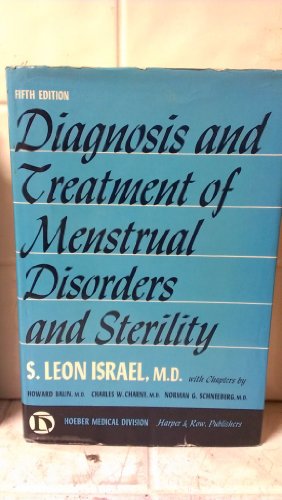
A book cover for Diagnosis and Treatment of Menstrual Disorders and Sterility; M.D. S. Leon Israel; Health, Fitness & Dieting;